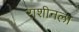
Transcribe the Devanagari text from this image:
राशीनला